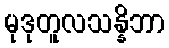
မုဒုတူလသန္နိဘာ